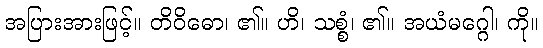
အပြားအားဖြင့်။ တိဝိဓော၊ ၏။ ဟိ၊ သစ္စံ၊ ၏။ အယံမဂ္ဂေါ၊ ကို။